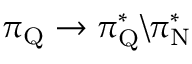
\pi _ { \mathrm { Q } } \rightarrow \pi _ { \mathrm { Q } } ^ { * } \backslash \pi _ { \mathrm { N } } ^ { * }